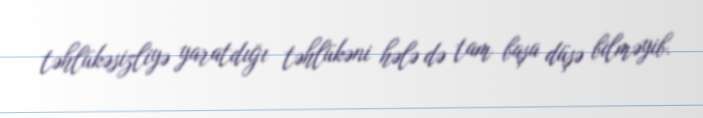
təhlükəsizliyə yaratdığı təhlükəni hələ də tam başa düşə bilməyib.